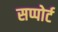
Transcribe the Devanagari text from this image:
सप्पोर्ट